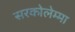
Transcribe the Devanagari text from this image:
सरकोलेम्मा